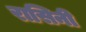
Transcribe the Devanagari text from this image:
रासिनी